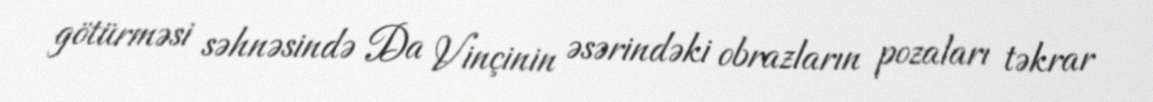
götürməsi səhnəsində Da Vinçinin əsərindəki obrazların pozaları təkrar